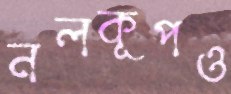
নলকূপও